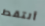
ألتقط